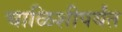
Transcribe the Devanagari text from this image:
चाळिशीपर्यंत